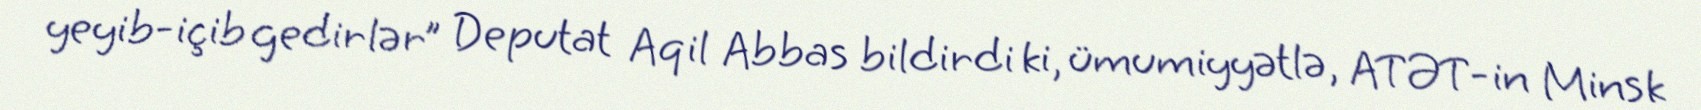
yeyib-içib gedirlər” Deputat Aqil Abbas bildirdi ki, ümumiyyətlə, ATƏT-in Minsk